Black-water fever - Number 35
Disease focus: Fever
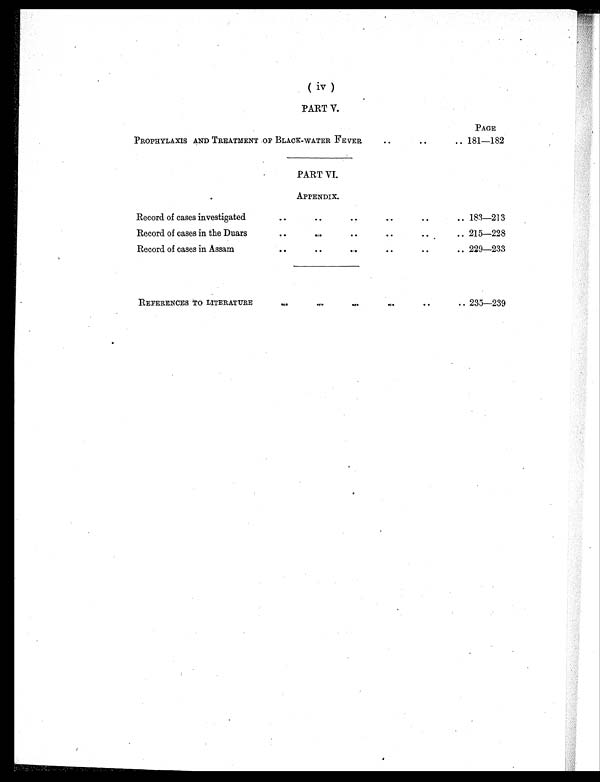
( iv )
PART V.
PAGE
PROPHYLAXIS AND TREATMENT OF BLACK-WATER FEVER
..
. .
.. 181—182
PART VI.
APPENDIX.
Record of cases investigated
. .
. .
. .
. .
..
.. 183—213
Record of cases in the Duars
. .
. .
. .
. .
. .
.. 215—228
Record of cases in Assam
. .
. .
. .
. .
. .
.. 229—233
REFERENCES TO LITERATURE
. .
..
. .
. .
. .
. . 235—239